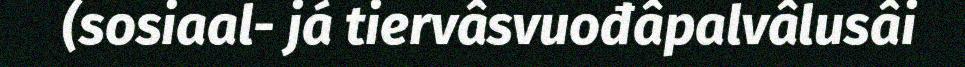
(sosiaal- já tiervâsvuođâpalvâlusâi